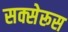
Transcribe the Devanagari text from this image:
सक्सेरूस